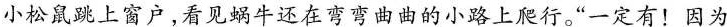
小松鼠跳上窗户，看见蜗牛还在弯弯曲曲的小路上爬行。“一定有！因为